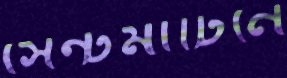
সেন্টমার্টিনে